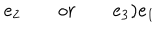
LaTeX: e _ { 2 } \quad \quad o r \quad \quad e _ { 3 } \mathbf { ) } e _ { 1 }